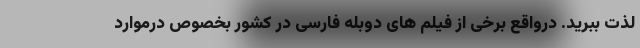
لذت ببرید. درواقع برخی از فیلم های دوبله فارسی در کشور بخصوص درموارد